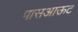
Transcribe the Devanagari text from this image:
पासआऊट